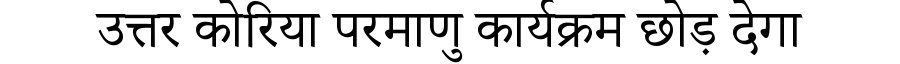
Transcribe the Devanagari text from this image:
उत्तर कोरिया परमाणु कार्यक्रम छोड़ देगा